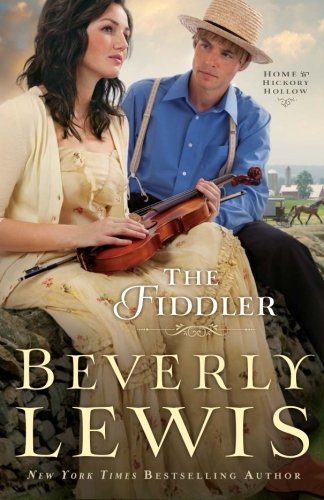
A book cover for The Fiddler (Home to Hickory Hollow); Beverly Lewis; Christian Books & Bibles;